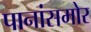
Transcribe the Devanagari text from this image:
पानांसमोर